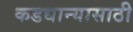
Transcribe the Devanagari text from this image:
कडधान्यासाठी